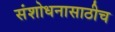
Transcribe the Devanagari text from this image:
संशोधनासाठीच